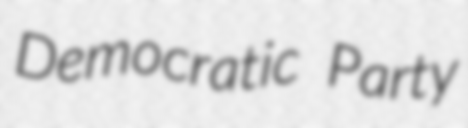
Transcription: Democratic Party